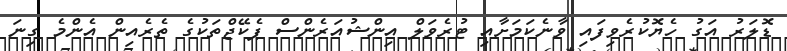
ޑޮލަރު އަގު ހެޔޮކުރެވިފައި ވާނެކަމަށާއި ޓުރެވަލް އިންޝުއަރެންސް ޕެކޭޖްތަކުގެ ތެރެއިން އެންމެ ގިނަ